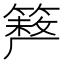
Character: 𥲪